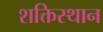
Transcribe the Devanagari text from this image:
शक्तिस्थान